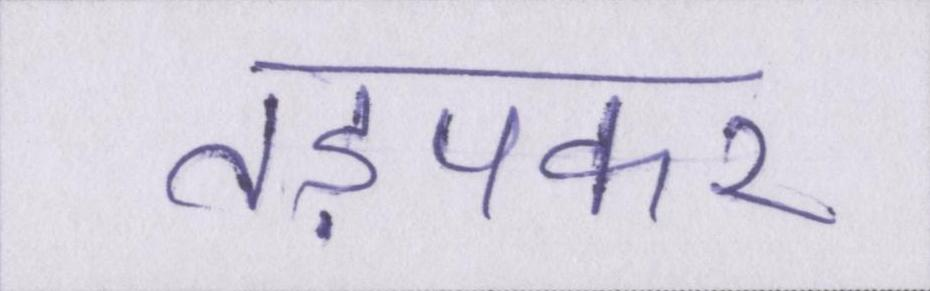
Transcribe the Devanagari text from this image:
तड़पकर